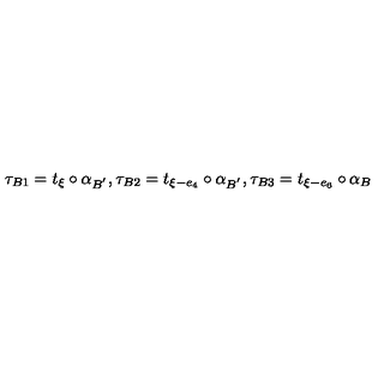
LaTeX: \tau _ { B 1 } = t _ { \xi } \circ \alpha _ { B ^ { ' } } , \tau _ { B 2 } = t _ { \xi - e _ { 4 } } \circ \alpha _ { B ^ { ' } } , \tau _ { B 3 } = t _ { \xi - e _ { 6 } } \circ \alpha _ { B }